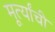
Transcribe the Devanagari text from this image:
मूर्त्यांची